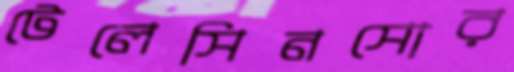
টেলেসিনসোর